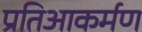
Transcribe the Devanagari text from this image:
प्रतिआकर्मण